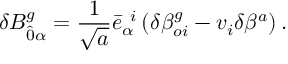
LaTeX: \delta B _ { \hat { 0 } \alpha } ^ { g } = \frac { 1 } { \sqrt { a } } { \bar { e } } _ { \alpha } ^ { \; \; i } \left( \delta { \beta } _ { o i } ^ { g } - v _ { i } \delta \beta ^ { a } \right) .